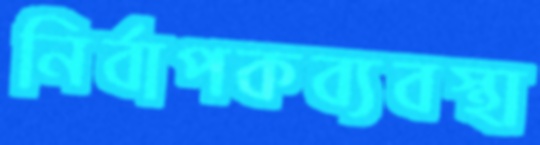
নির্বাপকব্যবস্থা